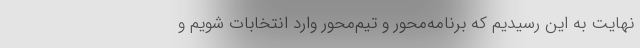
نهایت به این رسیدیم که برنامه‌محور و تیم‌محور وارد انتخابات شویم و